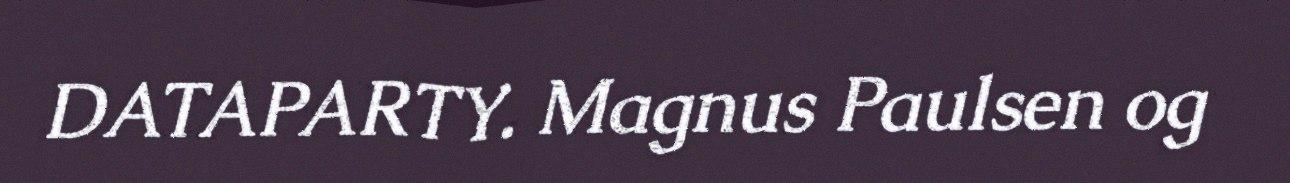
DATAPARTY. Magnus Paulsen og